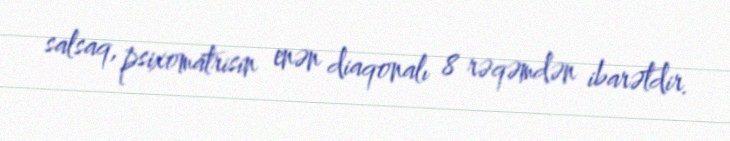
salsaq, psixomatrisin enən diaqonalı 8 rəqəmdən ibarətdir.